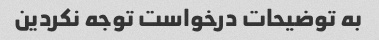
به توضیحات درخواست توجه نکردین